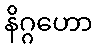
နိဂ္ဂဟော